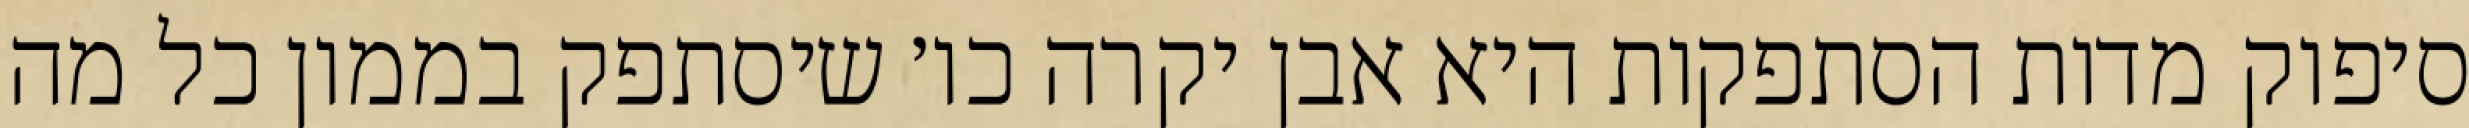
סיפוק מדות הסתפקות היא אבן יקרה כו׳ שיסתפק בממון כל מה